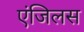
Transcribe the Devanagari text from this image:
एंजिलस